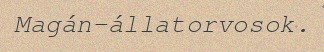
Magán-állatorvosok.